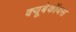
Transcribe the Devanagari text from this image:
क्यूबेकॉयस